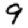
Digit: 9